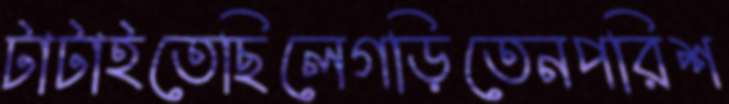
টাটাইতেছিলেগড়িতেনপরিশ